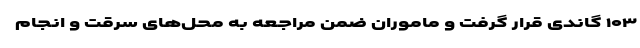
۱۰۳ گاندی قرار گرفت و ماموران ضمن مراجعه به محل‌های سرقت و انجام